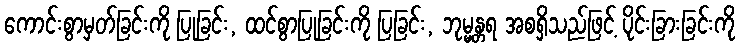
ကောင်းစွာမှတ်ခြင်းကို ပြုခြင်း, ထင်စွာပြုခြင်းကို ပြခြင်း, ဘုမ္မန္တရ အစရှိသည်ဖြင့် ပိုင်းခြားခြင်းကို